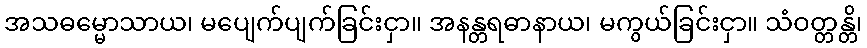
အသဓမ္မောသာယ၊ မပျေက်ပျက်ခြင်းငှာ။ အနန္တရဓာနာယ၊ မကွယ်ခြင်းငှာ။ သံဝတ္တန္တိ၊